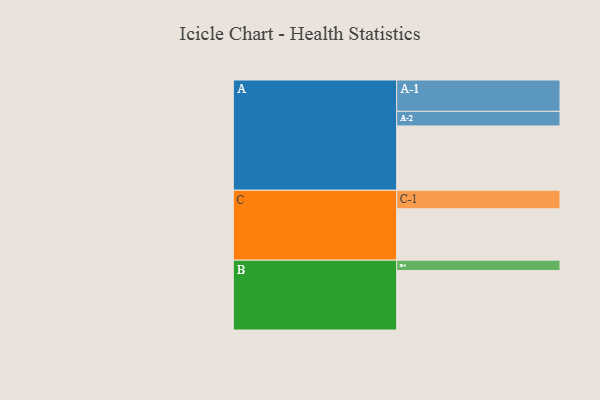
{"axis": {"x": "Segment", "y": "Value"}, "legend": ["", "A", "B", "C"], "data": [{"x": "A", "y": 558, "type": ""}, {"x": "B", "y": 517, "type": ""}, {"x": "C", "y": 446, "type": ""}, {"x": "A-1", "y": 272, "type": "A"}, {"x": "A-2", "y": 127, "type": "A"}, {"x": "B-1", "y": 89, "type": "B"}, {"x": "C-1", "y": 161, "type": "C"}]}